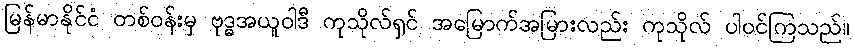
မြန်မာနိုင်ငံ တစ်ဝန်းမှ ဗုဒ္ဓအယူဝါဒီ ကုသိုလ်ရှင် အမြောက်အမြားလည်း ကုသိုလ် ပါဝင်ကြသည်။